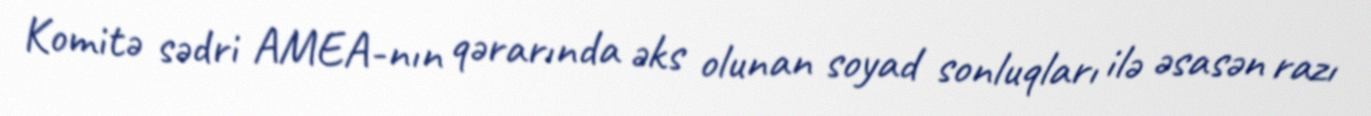
Komitə sədri AMEA-nın qərarında əks olunan soyad sonluqları ilə əsasən razı